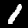
Label: 1